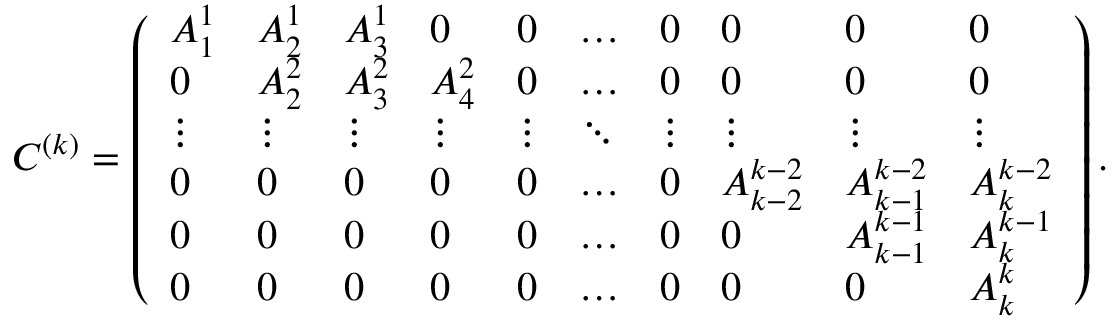
C ^ { ( k ) } = \left( \begin{array} { l l l l l l l l l l } { A _ { 1 } ^ { 1 } } & { A _ { 2 } ^ { 1 } } & { A _ { 3 } ^ { 1 } } & { 0 } & { 0 } & { \ldots } & { 0 } & { 0 } & { 0 } & { 0 } \\ { 0 } & { A _ { 2 } ^ { 2 } } & { A _ { 3 } ^ { 2 } } & { A _ { 4 } ^ { 2 } } & { 0 } & { \ldots } & { 0 } & { 0 } & { 0 } & { 0 } \\ { \vdots } & { \vdots } & { \vdots } & { \vdots } & { \vdots } & { \ddots } & { \vdots } & { \vdots } & { \vdots } & { \vdots } \\ { 0 } & { 0 } & { 0 } & { 0 } & { 0 } & { \ldots } & { 0 } & { A _ { k - 2 } ^ { k - 2 } } & { A _ { k - 1 } ^ { k - 2 } } & { A _ { k } ^ { k - 2 } } \\ { 0 } & { 0 } & { 0 } & { 0 } & { 0 } & { \ldots } & { 0 } & { 0 } & { A _ { k - 1 } ^ { k - 1 } } & { A _ { k } ^ { k - 1 } } \\ { 0 } & { 0 } & { 0 } & { 0 } & { 0 } & { \ldots } & { 0 } & { 0 } & { 0 } & { A _ { k } ^ { k } } \end{array} \right) .